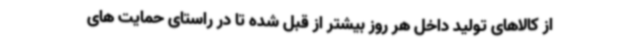
از کالاهای تولید داخل هر روز بیشتر از قبل شده تا در راستای حمایت های